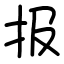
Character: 报